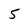
Character: 5